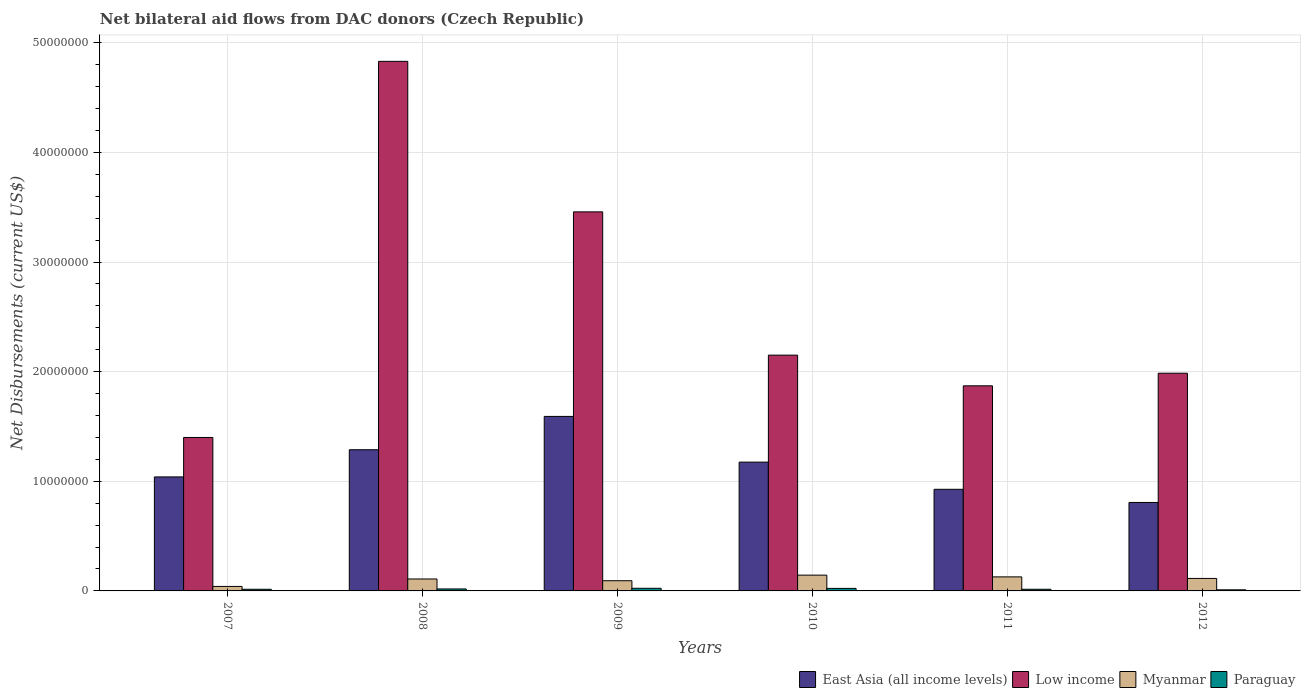
| Years | East Asia (all income levels) | Low income | Myanmar | Paraguay |
 | --- | --- | --- | --- | --- |
 | 2007 | 1.04e+07 | 1.4e+07 | 4.1e+05 | 1.5e+05 |
 | 2008 | 1.29e+07 | 4.83e+07 | 1.09e+06 | 1.8e+05 |
 | 2009 | 1.59e+07 | 3.46e+07 | 9.3e+05 | 2.4e+05 |
 | 2010 | 1.18e+07 | 2.15e+07 | 1.44e+06 | 2.3e+05 |
 | 2011 | 9.27e+06 | 1.87e+07 | 1.28e+06 | 1.5e+05 |
 | 2012 | 8.07e+06 | 1.99e+07 | 1.14e+06 | 1e+05 |